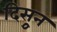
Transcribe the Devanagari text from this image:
दिसुून